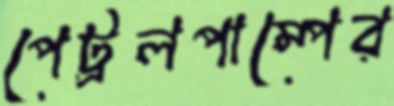
পেট্রলপাম্পের